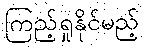
ကြည့်ရှုနိုင်မည့်